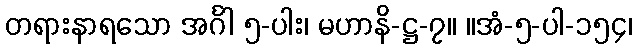
တရားနာရသော အင်္ဂါ ၅-ပါး၊ မဟာနိ-ဋ္ဌ-၇။ ။အံ-၅-ပါ-၁၅၄၊